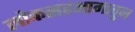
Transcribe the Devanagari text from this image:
लोकसहभागातुन